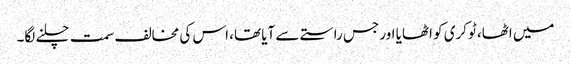
میں اٹھا، ٹوکری کو اٹھایا اور جس راستے سے آیا تھا، اس کی مخالف سمت چلنے لگا۔